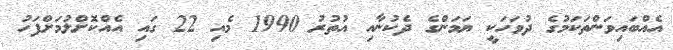
އެއްބައިވަންތަކަމުގެ ދުވަހަކީ ޔަމަންގެ ދެކުނާއި އުތުރު 1990 މެއި 22 ގައި އެއްކޮށްލުމަށްފަހު